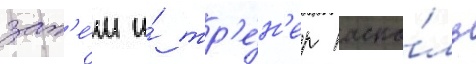
зат'е́м и́ тр'е́н'ер паска́ль